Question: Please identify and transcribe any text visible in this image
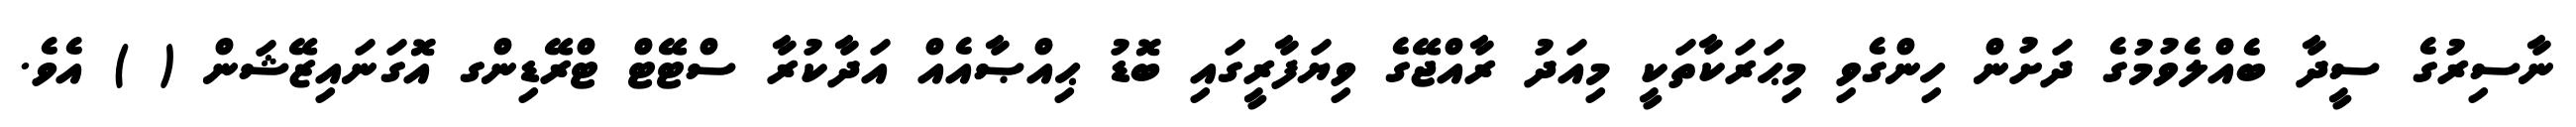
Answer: ނާސިރުގެ ސީދާ ބެއްލެވުމުގެ ދަށުން ހިންގެވި މިޙަރަކާތަކީ މިއަދު ރާއްޖޭގެ ވިޔަފާރީގައި ބޮޑު ޙިއްޞާއެއް އަދާކުރާ ސްޓޭޓް ޓްރޭޑިންގ އޮގަނައިޒޭޝަން ( ) އެވެ.